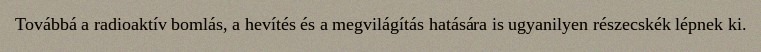
Továbbá a radioaktív bomlás, a hevítés és a megvilágítás hatására is ugyanilyen részecskék lépnek ki.